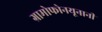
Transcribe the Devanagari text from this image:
ग्रामोफोनयूनानी